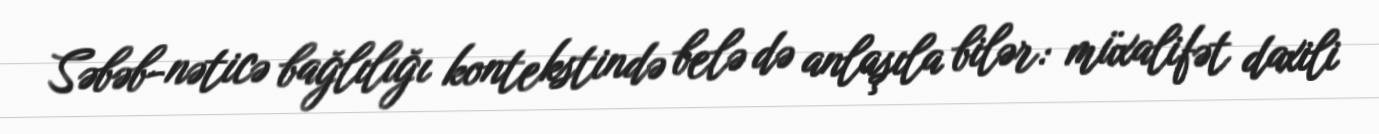
Səbəb-nəticə bağlılığı kontekstində belə də anlaşıla bilər: müxalifət daxili